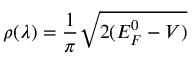
\rho ( \lambda ) = \frac { 1 } { \pi } \sqrt { 2 ( E _ { F } ^ { 0 } - V ) }